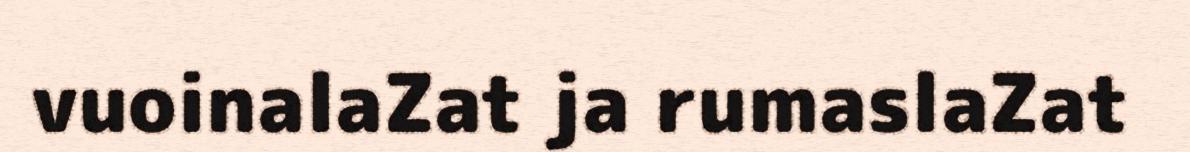
vuoinalaZat ja rumaslaZat